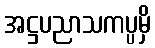
အဋ္ဌပညာသကပ္ပမှိ